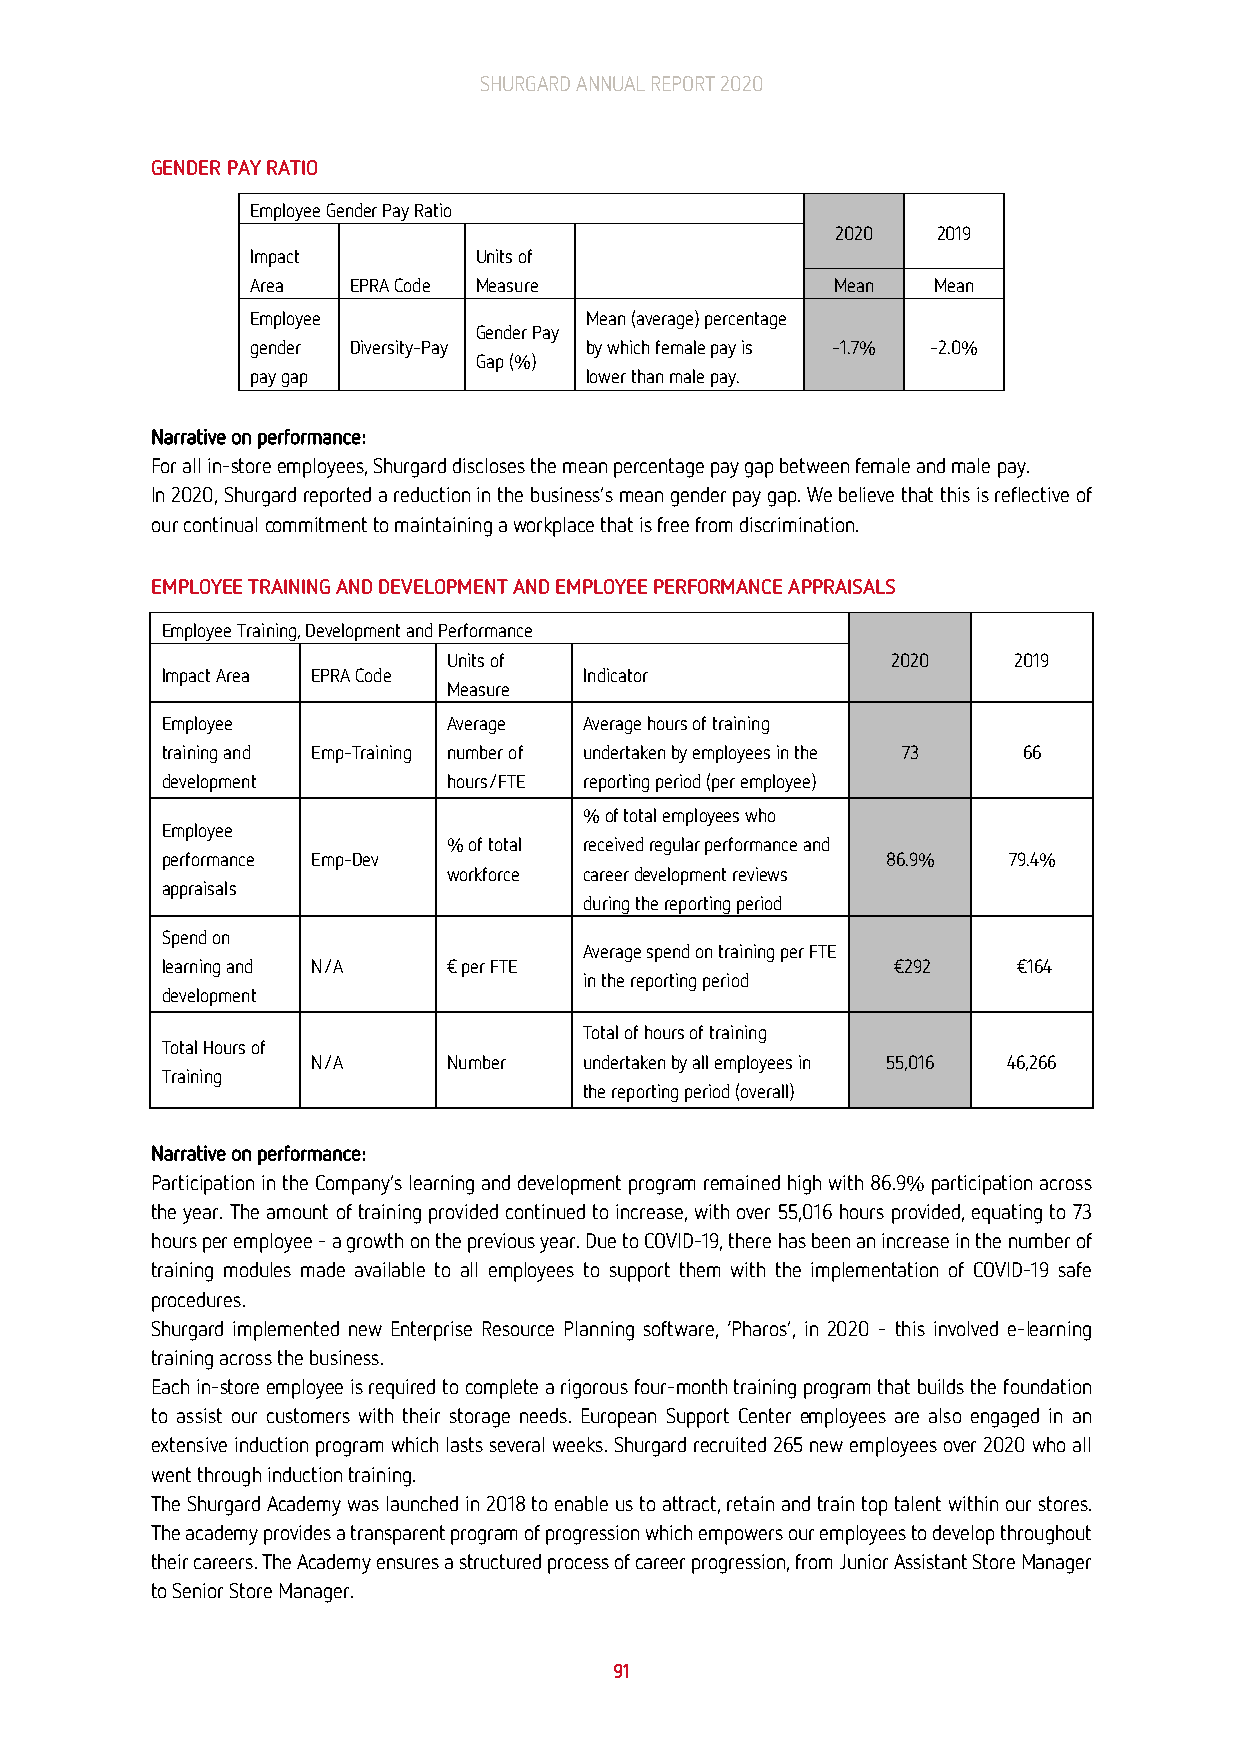
SHURGARD ANNUAL REPORT 2020
 GENDER PAY RATIO
 Employee Gender Pay Ratio
 2020   2019
 Impact        Units of
 Area  EPRA Code Measure               Mean   Mean
 Employee              Mean (average) percentage
 Gender Pay
 gender Diversity-Pay  by which female pay is -1.7% -2.0%
 Gap (%)
 pay gap               lower than male pay.
 Narrative on performance:
 For all in-store employees, Shurgard discloses the mean percentage pay gap between female and male pay.
 In 2020, Shurgard reported a reduction in the business’s mean gender pay gap. We believe that this is reflective of
 our continual commitment to maintaining a workplace that is free from discrimination.
 EMPLOYEE TRAINING AND DEVELOPMENT AND EMPLOYEE PERFORMANCE APPRAISALS
 Employee Training, Development and Performance
 Units of                     2020    2019
 Impact Area EPRA Code       Indicator
 Measure
 Employee           Average  Average hours of training
 training and Emp-Training number of undertaken by employees in the 73 66
 development        hours/FTE reporting period (per employee)
 % of total employees who
 Employee
 % of total received regular performance and
 performance Emp-Dev                             86.9%   79.4%
 workforce career development reviews
 appraisals
 during the reporting period
 Spend on
 Average spend on training per FTE
 learning and N/A   € per FTE                    €292    €164
 in the reporting period
 development
 Total of hours of training
 Total Hours of
 N/A      Number   undertaken by all employees in 55,016 46,266
 Training
 the reporting period (overall)
 Narrative on performance:
 Participation in the Company’s learning and development program remained high with 86.9% participation across
 the year. The amount of training provided continued to increase, with over 55,016 hours provided, equating to 73
 hours per employee – a growth on the previous year. Due to COVID-19, there has been an increase in the number of
 training modules made available to all employees to support them with the implementation of COVID-19 safe
 procedures.
 Shurgard implemented new Enterprise Resource Planning software, ‘Pharos’, in 2020 – this involved e-learning
 training across the business.
 Each in-store employee is required to complete a rigorous four-month training program that builds the foundation
 to assist our customers with their storage needs. European Support Center employees are also engaged in an
 extensive induction program which lasts several weeks. Shurgard recruited 265 new employees over 2020 who all
 went through induction training.
 The Shurgard Academy was launched in 2018 to enable us to attract, retain and train top talent within our stores.
 The academy provides a transparent program of progression which empowers our employees to develop throughout
 their careers. The Academy ensures a structured process of career progression, from Junior Assistant Store Manager
 to Senior Store Manager.
 91